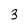
Character: 3